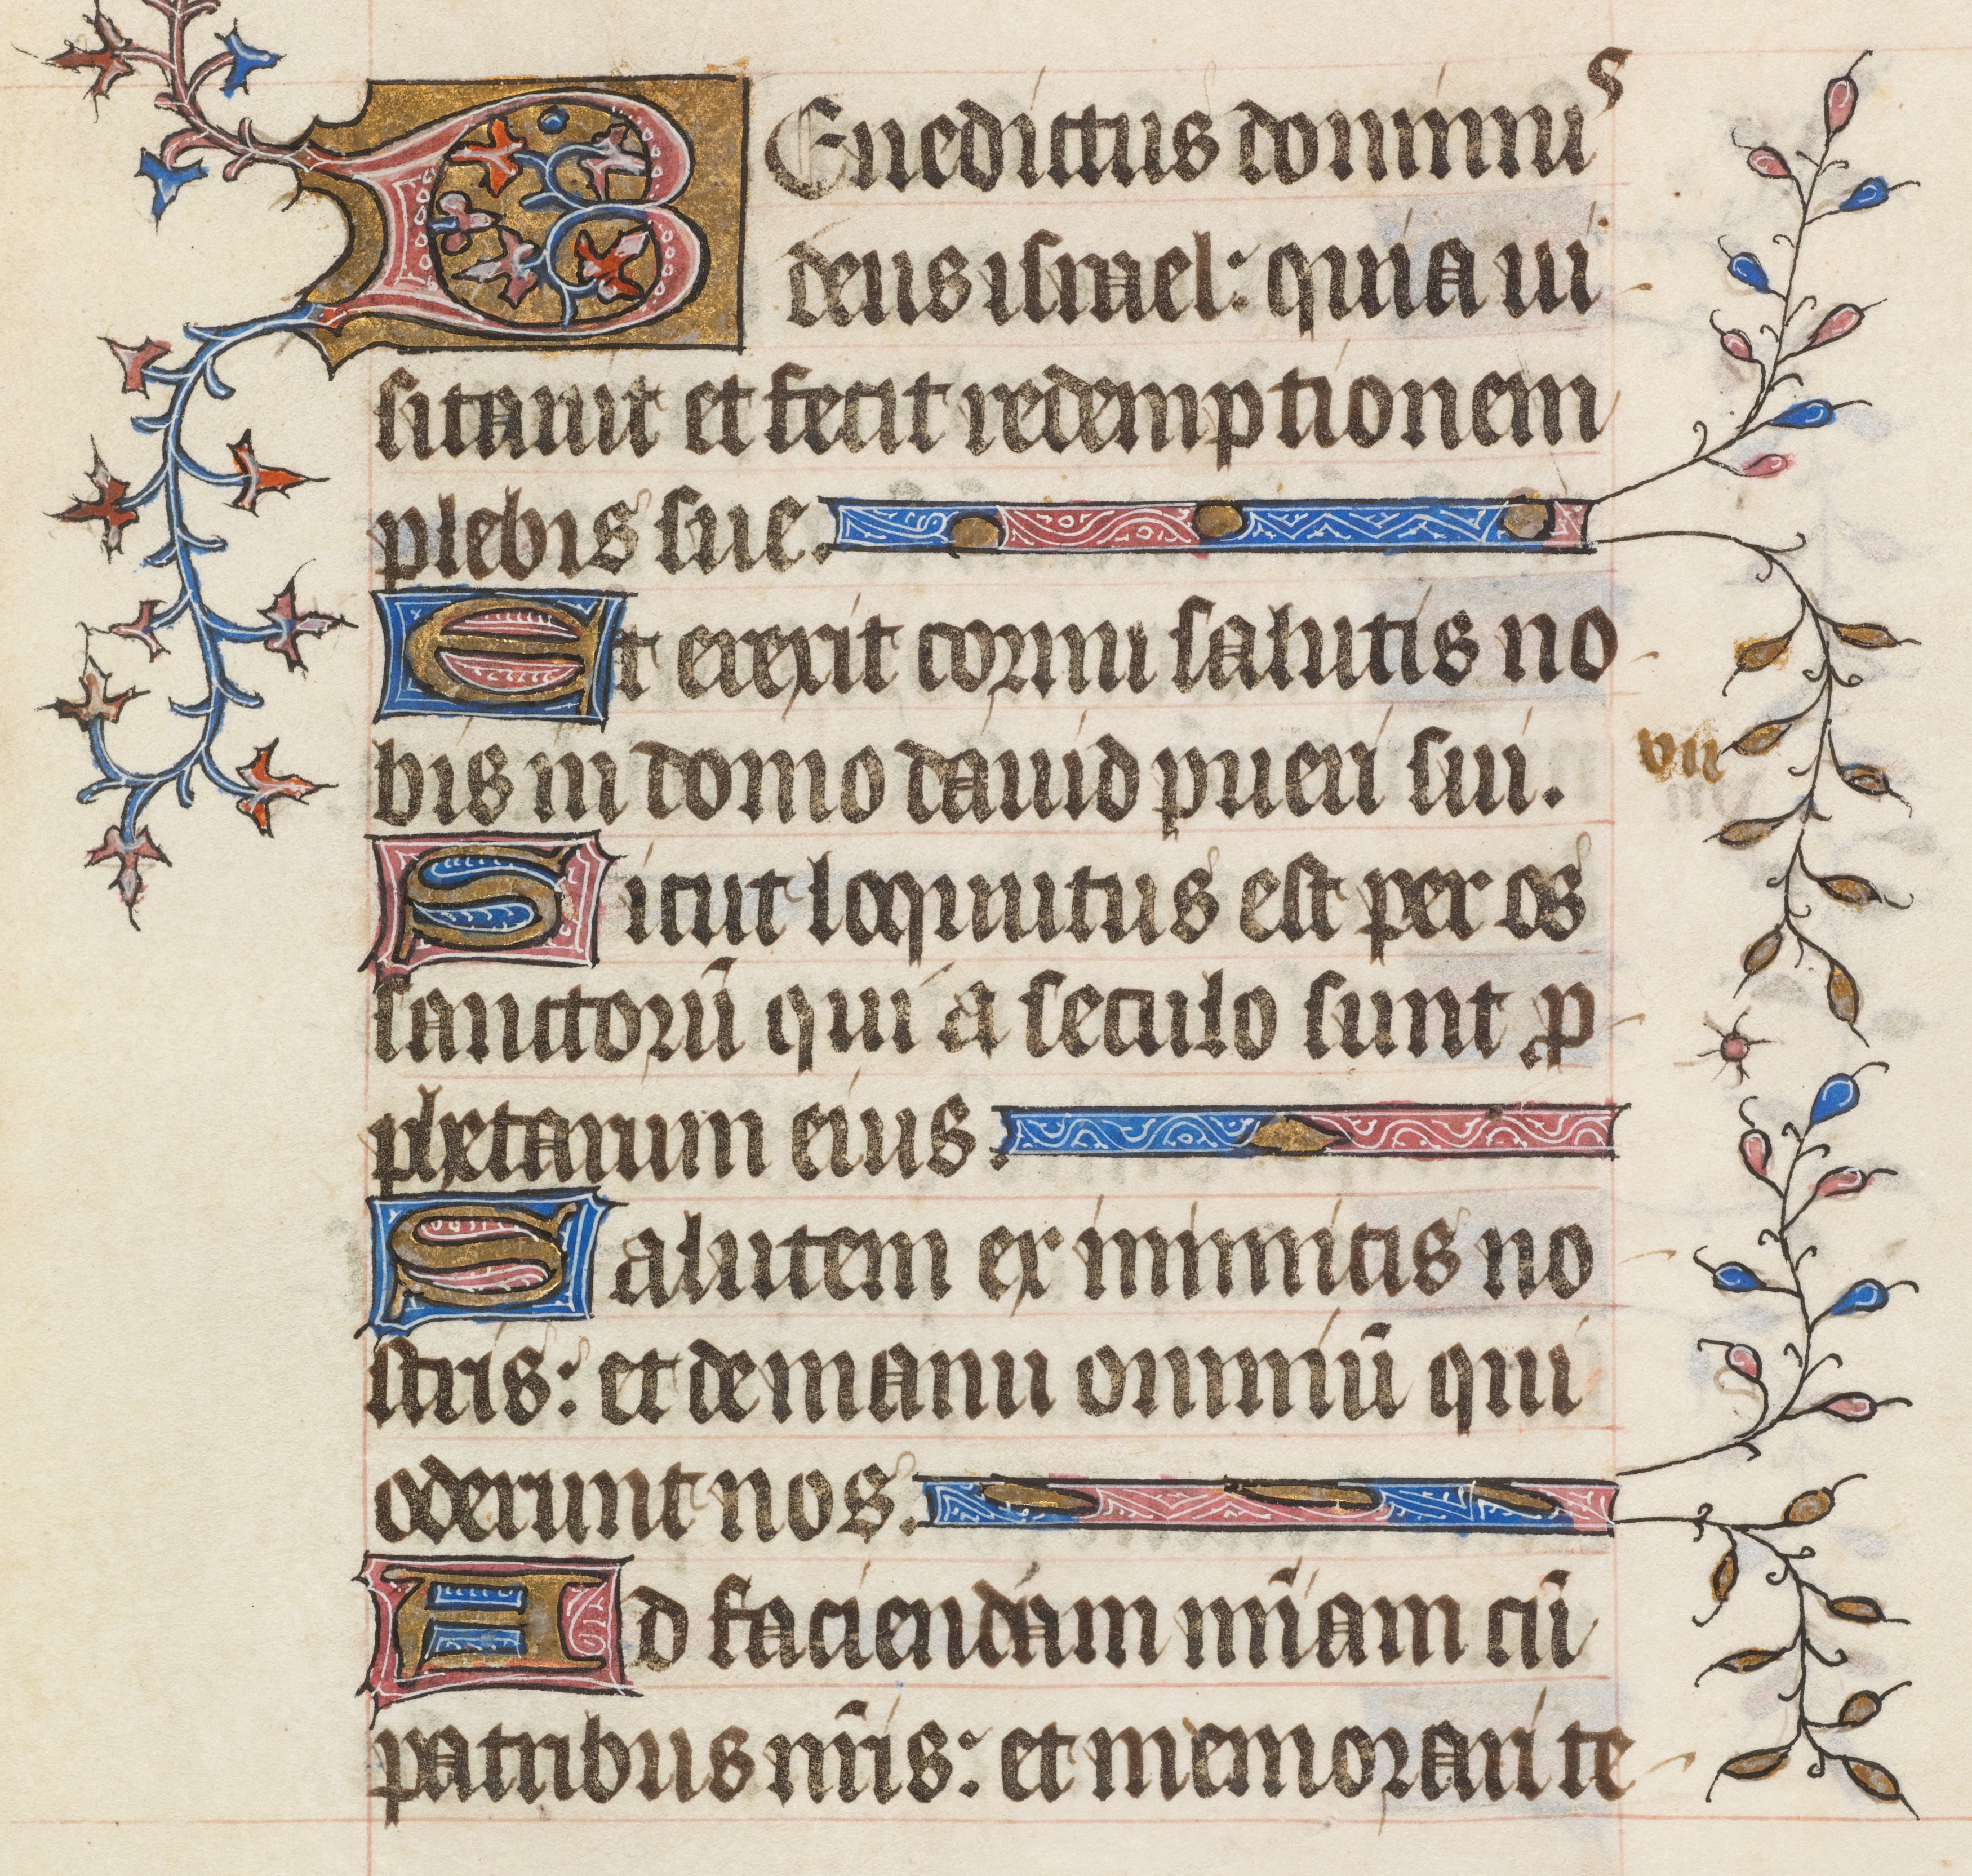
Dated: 1395–1425